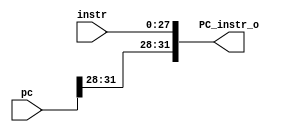
//Subject:     
//--------------------------------------------------------------------------------
//Version:     1
//--------------------------------------------------------------------------------
//Writer:      0616086
//----------------------------------------------
//Date:        
//----------------------------------------------
//Description: 
//--------------------------------------------------------------------------------
module PC_instr(
	instr,
	pc,
	PC_instr_o
    );
input 	[27:0]	instr;
input	[31:0]	pc;
output	[31:0]	PC_instr_o;
	
assign PC_instr_o = {pc[31:28], instr[27:0]};
	
endmodule